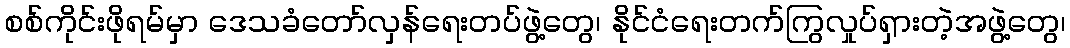
စစ်ကိုင်းဖိုရမ်မှာ ဒေသခံတော်လှန်ရေးတပ်ဖွဲ့တွေ၊ နိုင်ငံရေးတက်ကြွလှုပ်ရှားတဲ့အဖွဲ့တွေ၊